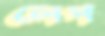
লেপ